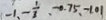
- 1 . - \frac { 1 } { 3 } , 0 . 7 5 , 1 0 1